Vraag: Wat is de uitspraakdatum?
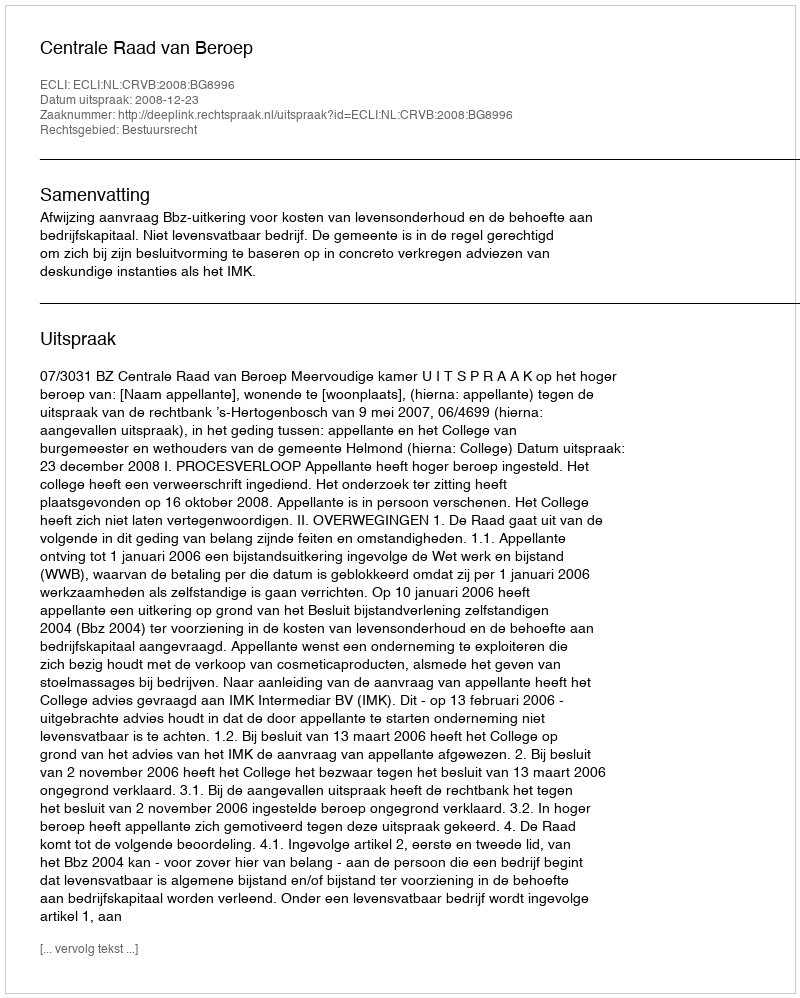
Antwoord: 2008-12-23